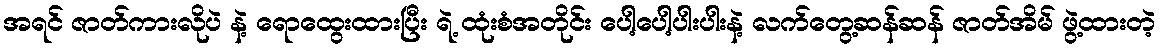
အရင် ဇာတ်ကားလိုပဲ နဲ့ ရောထွေးထားပြီး ရဲ့ ထုံးစံအတိုင်း ပေါ့ပေါ့ပါးပါးနဲ့ လက်တွေ့ဆန်ဆန် ဇာတ်အိမ် ဖွဲ့ထားတဲ့